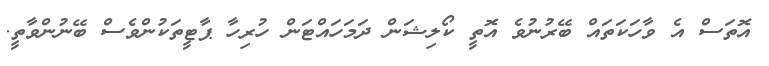
އޮތަސް އެ ވާހަކަތައް ބޭރުނުވެ އޮތީ ކޯލިޝަން ދަމަހައްޓަން ހުރިހާ ޕާޓީތަކުންވެސް ބޭނުންވާތީ.